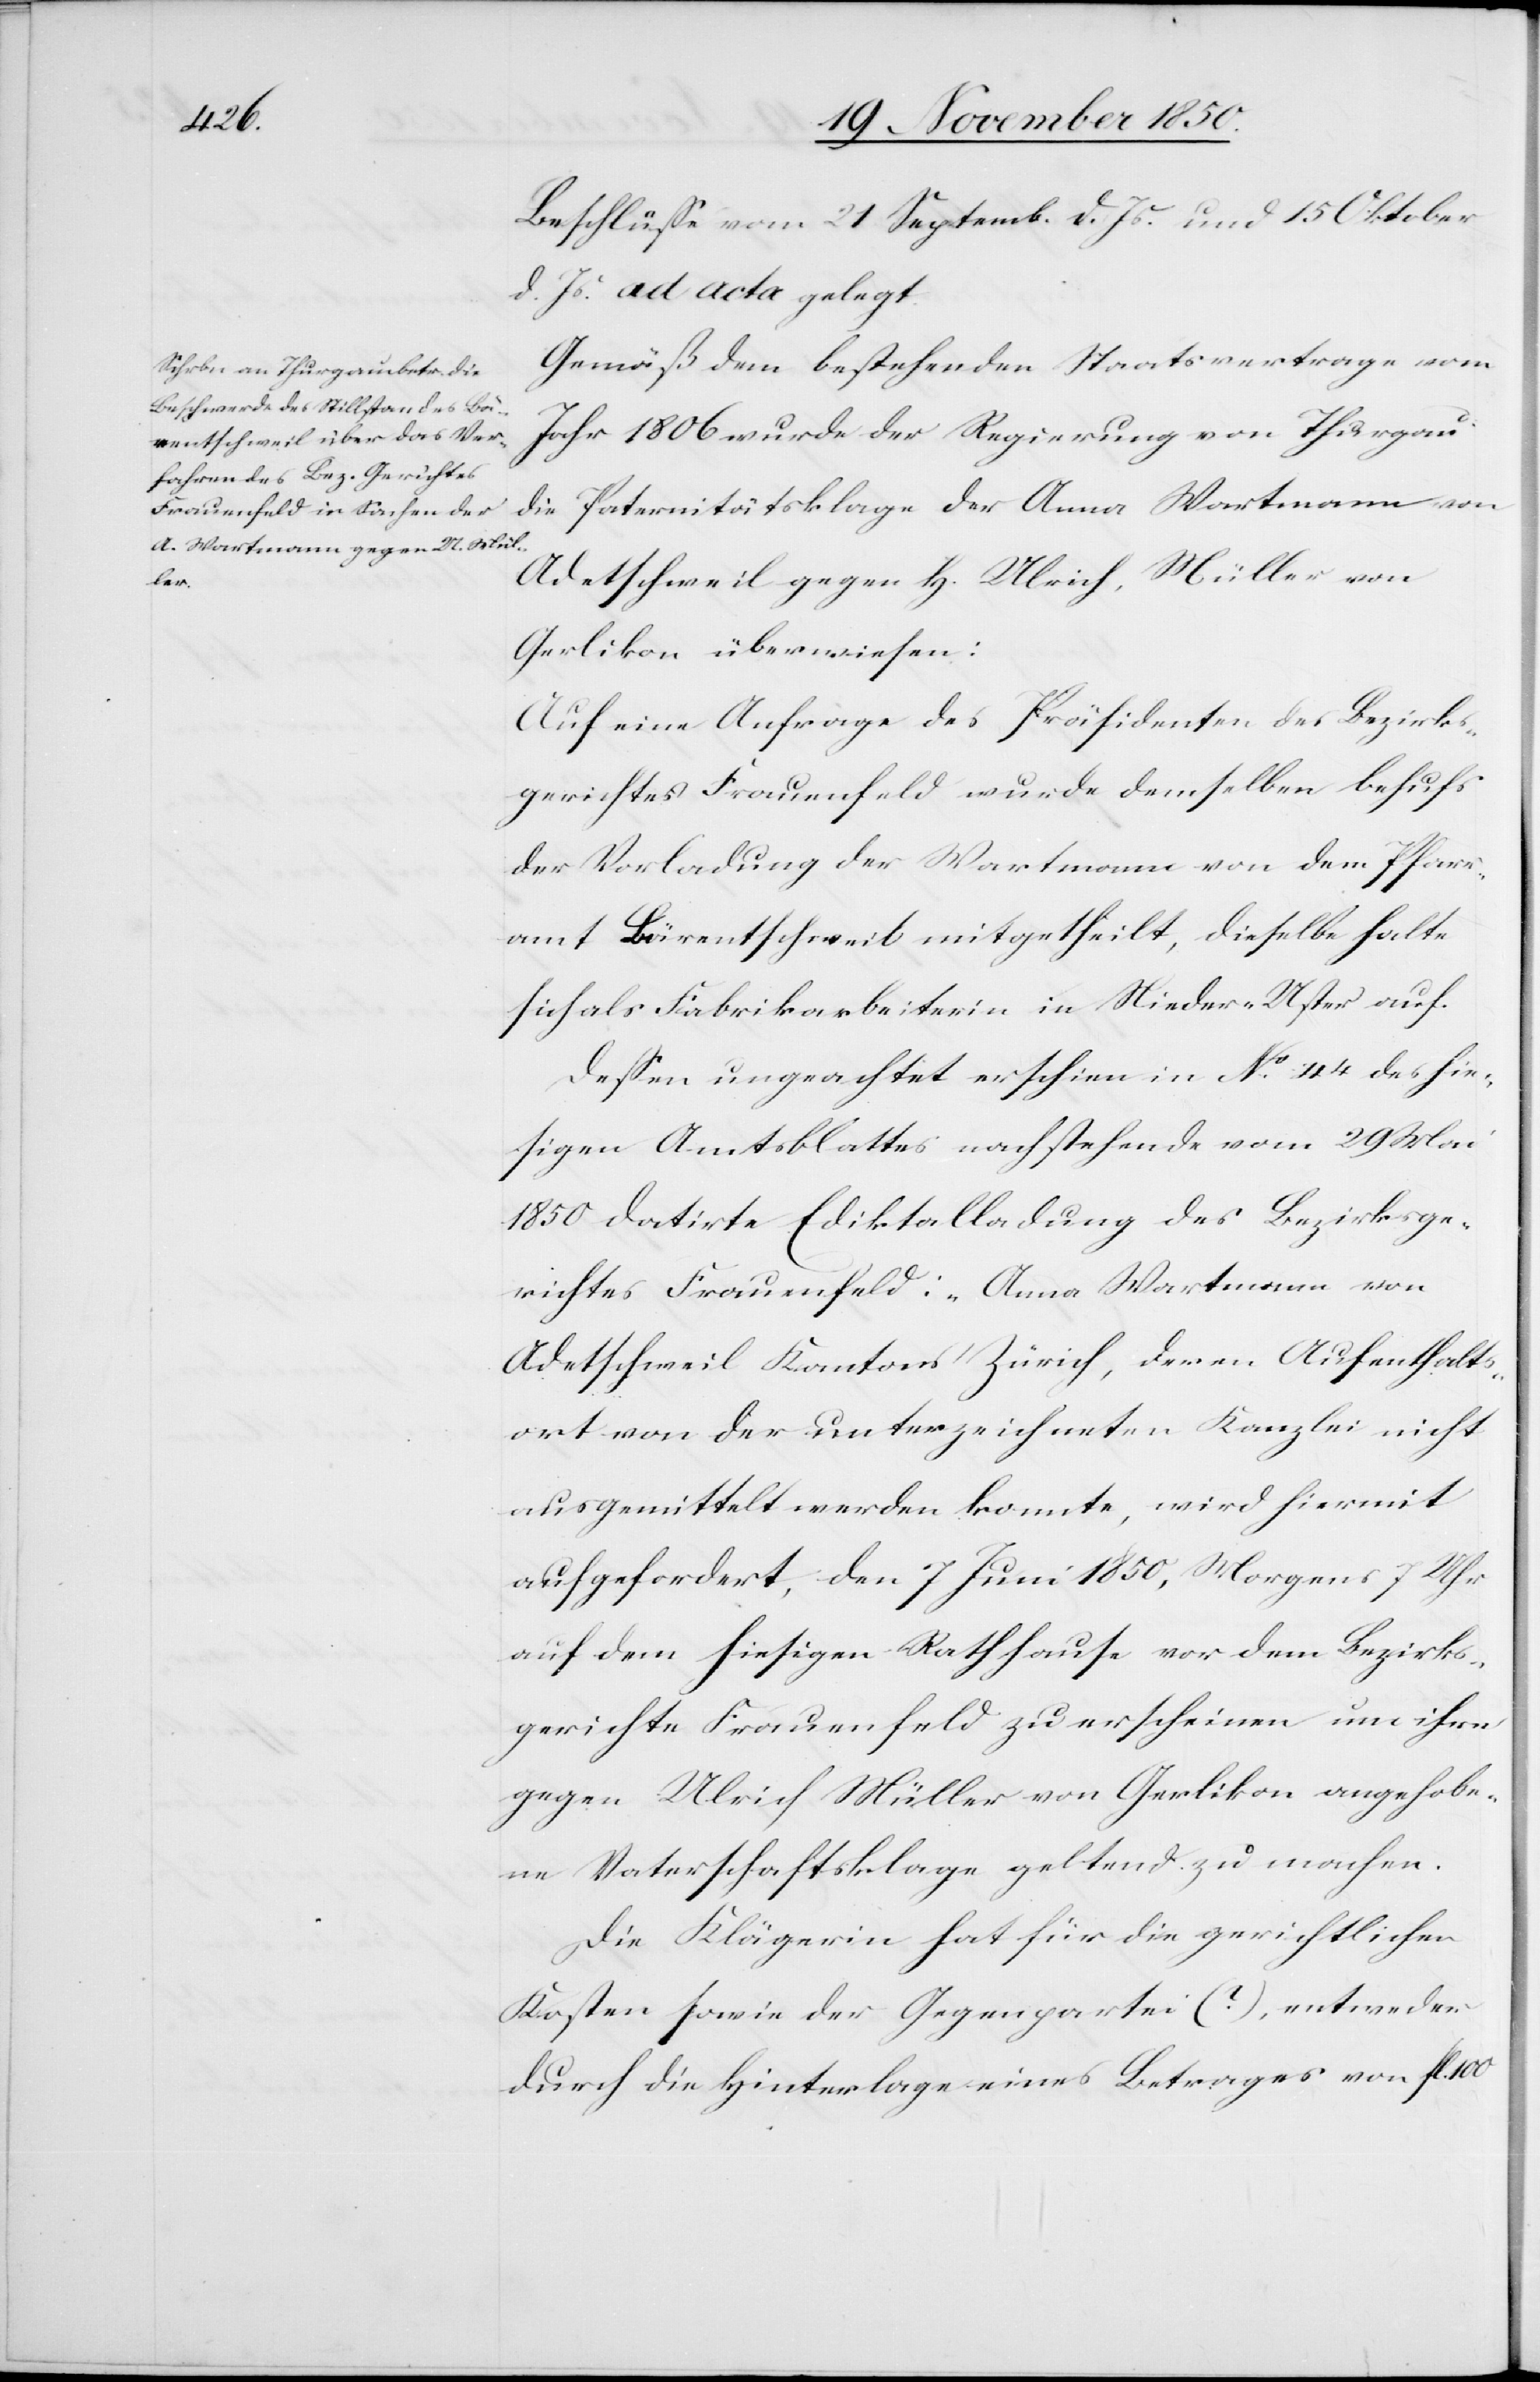
Beschlüsse vom 21 Septemb. d. Js. und 15 Oktober
d. Js. ad acta gelegt.
Gemäß dem bestehenden Staatsvertrage vom
Jahr 1806 wurde der Regierung von Thurgau
die Paternitätsklage der Anna Wartmann von
Adetschweil gegen H. Ulrich, Müller von
Gerlikon überwiesen:
Auf eine Anfrage des Präsidenten des Bezirks¬
gerichtes Frauenfeld wurde demselben behufs
der Vorladung der Wartmann von dem Pfarr¬
amt Bärentschweil mitgetheilt, dieselbe halte
sich als Fabrikarbeiterin in Nieder-Uster auf.
Dessen ungeachtet erschien in No 44 des hie¬
sigen Amtsblattes nachstehende vom 29 Mai
1850 datirte Ediktalladung des Bezirksge¬
richtes Frauenfeld: „Anna Wartmann von
Adetschweil Kantons Zürich, deren Aufenthalts¬
ort von der unterzeichneten Kanzlei nicht
ausgemittelt werden konnte, wird hiermit
aufgefordert, den 7 Juni 1850, Morgens 7 Uhr
auf dem hiesigen Rathhause vor dem Bezirks¬
gerichte Frauenfeld zu erscheinen um ihre
gegen Ulrich Müller von Gerlikon angehobe¬
ne Vaterschaftsklage geltend zu machen.
Die Klägerin hat für die gerichtlichen
Kosten sowie der Gegenpartei (?), entweder
durch die Hinterlage eines Betrages von fl. 100